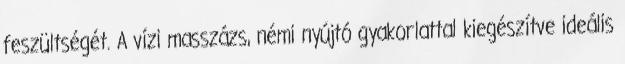
feszültségét. A vízi masszázs, némi nyújtó gyakorlattal kiegészítve ideális